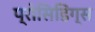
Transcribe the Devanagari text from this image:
प्रोसिडिंग्स